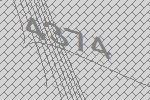
4374